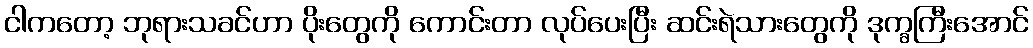
ငါကတော့ ဘုရားသခင်ဟာ ပိုးတွေကို ကောင်းတာ လုပ်ပေးပြီး ဆင်းရဲသားတွေကို ဒုက္ခကြီးအောင်